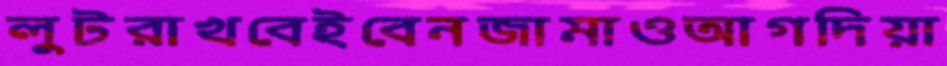
লুটরাখবেইবেনজামাওআগদিয়া